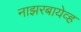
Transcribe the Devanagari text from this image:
नाझरबायेव्ह